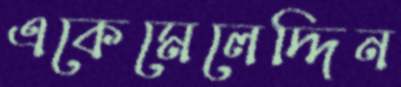
একেমেলেদ্দিন